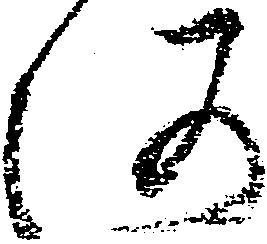
河